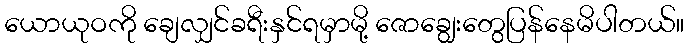
ယောယုဝကို ချေလျှင်ခရီးနှင်ရမှာမို့ ဇောချွေးတွေပြန်နေမိပါတယ်။